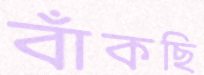
বাঁকছি